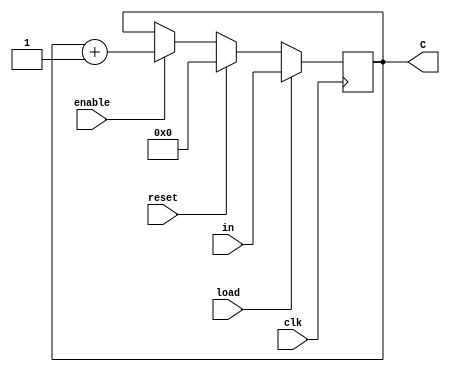
module program_counter(input clk,enable,reset,load, input [11:0]in, output [11:0]C); //instanciar modulo

  wire clk,enable,reset,load; // declarar variables a usar y asignar datos
  wire [11:0]in;
  reg [11:0]C=0;

  always @ (posedge clk)    // ejecutar al clk
    begin
      if (load) 
        begin     // en caso se quiera cargar un valor 
          C <= in;
        end
      else if(reset) 
        begin    //en caso que halla reset restablece
          C <= 0;
        end
      else if (enable) 
        begin    // si esta habilitado ira sumando al contador 
          C <= C+1;
        end
    end

endmodule